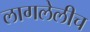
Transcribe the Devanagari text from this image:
लागलेलीच